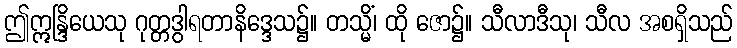
ဤဣန္ဒြိယေသု ဂုတ္တဒွါရတာနိဒ္ဒေသ၌။ တသ္မိံ၊ ထို ဇော၌။ သီလာဒီသု၊ သီလ အစရှိသည်